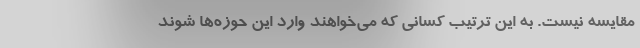
مقایسه نیست. به این ترتیب کسانی که می‌خواهند وارد این حوزه‌ها شوند